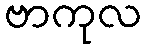
ဗာကုလ